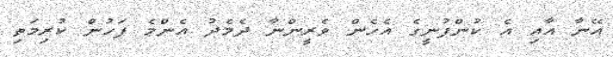
އޭނާ އާއި އެ ކުންފުނީގެ އެހެން ވެރީންނާ ދެމެދު އެންމެ ފަހުން ކުރިމަތި